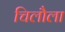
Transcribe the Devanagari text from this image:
चिलौला